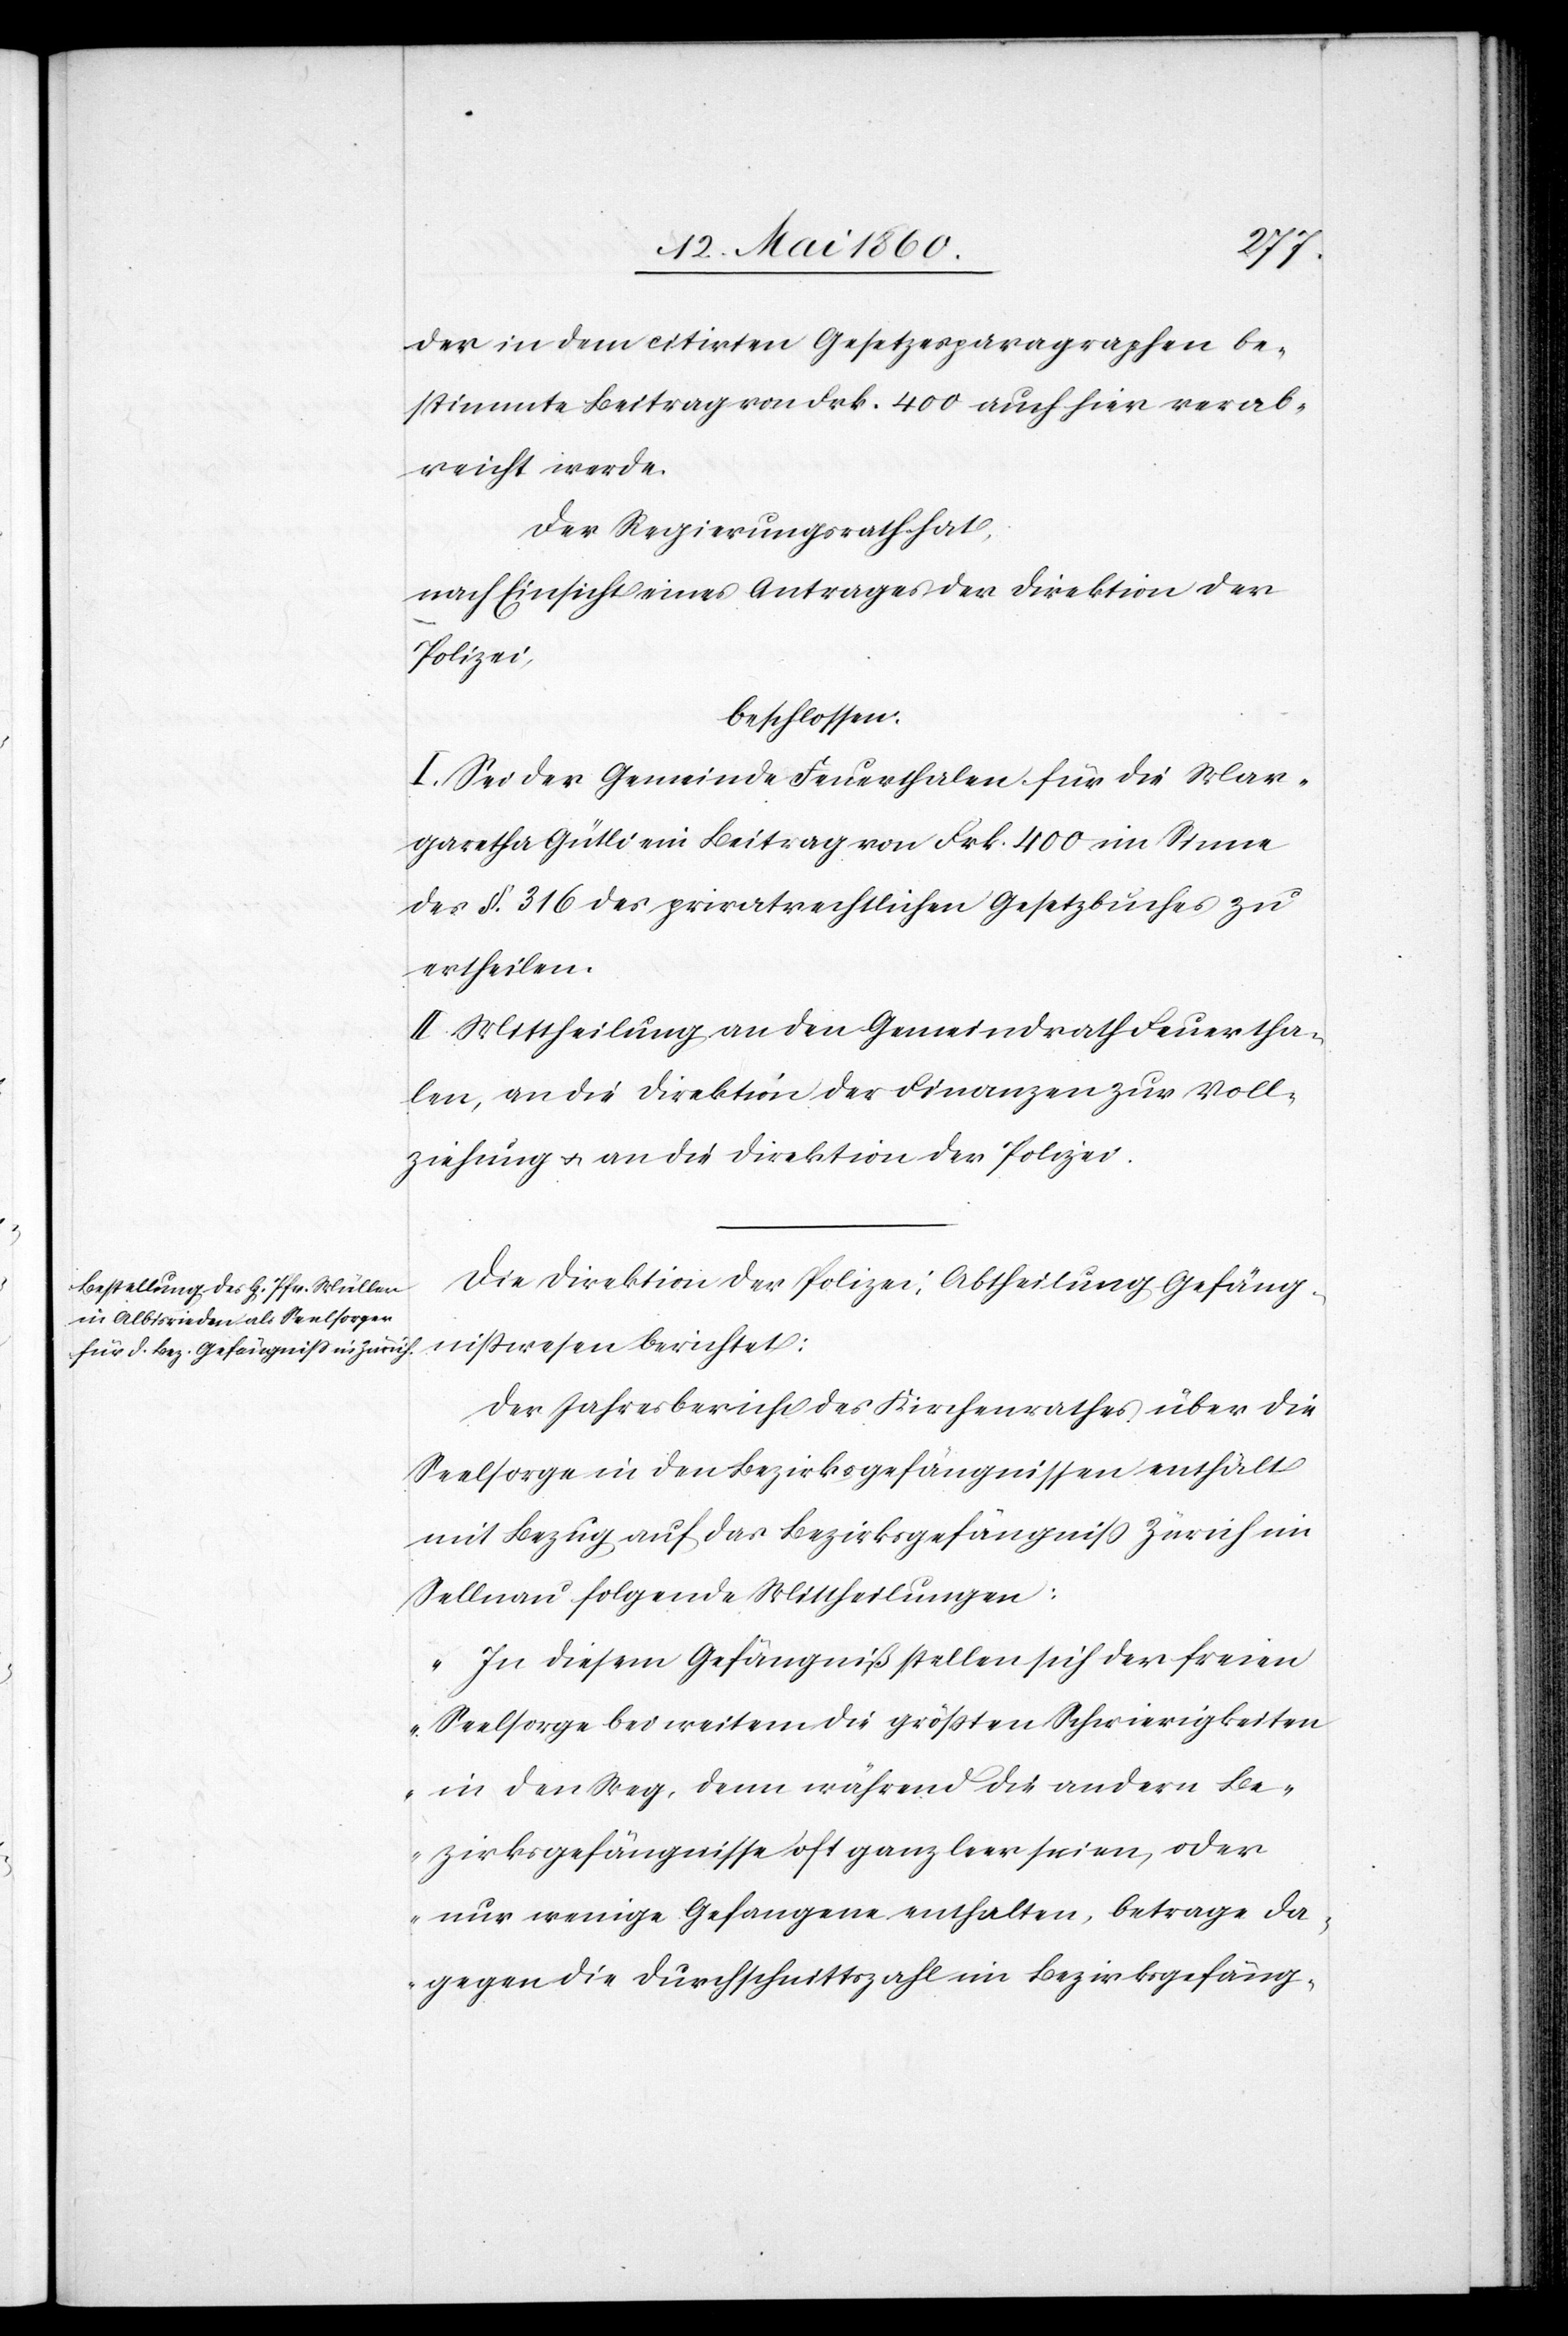
in dem citirten Gesetzesparagraphen be¬
stimmte Beitrag von Frk. 400 auch hier verab¬
reicht werde.
Der Regierungsrath hat,
nach Einsicht eines Antrages der Direktion der
Polizei,
beschlossen.
I. Sei der Gemeinde Feuerthalen für die Mar¬
garetha Gütli ein Beitrag von Frk. 400 im Sinne
des §. 316 des privatrechtlichen Gesetzbuches zu
ertheilen.
II. Mittheilung an den Gemeindrath Feuertha¬
len, an die Direktion der Finanzen zur Voll¬
ziehung u. an die Direktion der Polizei.
Die Direktion der Polizei, Abtheilung Gefäng¬
nisswesen berichtet:
Der Jahresbericht des Kirchenrathes über die
Seelsorge in den Bezirksgefängnissen enthält
mit Bezug auf das Bezirksgefängniss Zürich im
Sellnau folgende Mittheilungen:
„In diesem Gefängniß stellen sich der freien
Seelsorge bei weitem die größten Schwierigkeiten
in den Weg, denn während die andern Be¬
zirksgefängnisse oft ganz leer seien, oder
nur wenige Gefangene enthalten, betrage da¬
gegen die Durchschnittszahl im Bezirksgefäng-